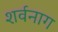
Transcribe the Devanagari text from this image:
शर्वनाग